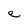
Character: e